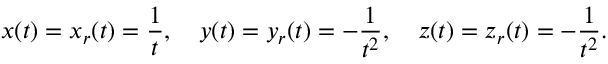
x ( t ) = x _ { r } ( t ) = { \frac { 1 } { t } } , \quad y ( t ) = y _ { r } ( t ) = - { \frac { 1 } { t ^ { 2 } } } , \quad z ( t ) = z _ { r } ( t ) = - { \frac { 1 } { t ^ { 2 } } } .